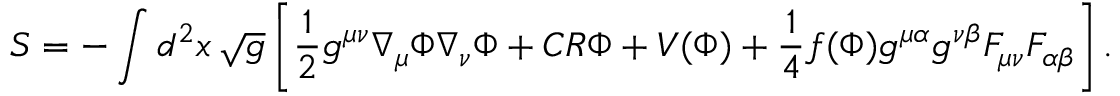
S = - \int d ^ { 2 } x \, \sqrt { g } \left[ { \frac { 1 } { 2 } } g ^ { \mu \nu } \nabla _ { \mu } \Phi \nabla _ { \nu } \Phi + C R \Phi + V ( \Phi ) + { \frac { 1 } { 4 } } f ( \Phi ) g ^ { \mu \alpha } g ^ { \nu \beta } F _ { \mu \nu } F _ { \alpha \beta } \right] .